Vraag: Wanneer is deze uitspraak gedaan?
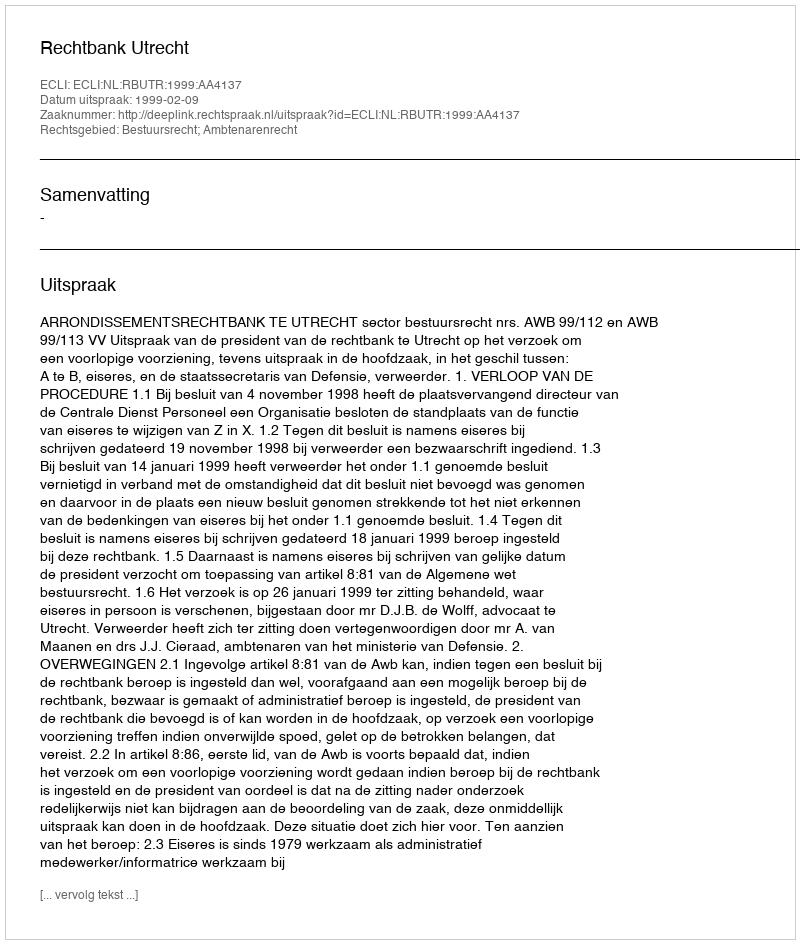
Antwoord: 1999-02-09